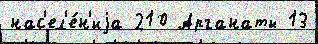
нас'ел'е́н'иjа 210 Арганаты 13